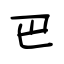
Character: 巴